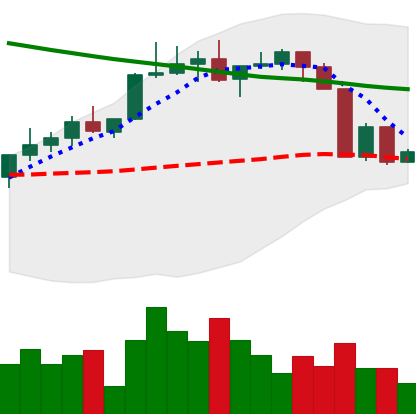
Ticker: XLM-USD
Chart end date: 2022-04-09
Forward return: -5.433%
Label: down_5_7